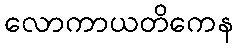
လောကာယတိကေန